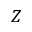
Z